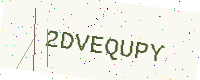
Text: 2DVEQUPY